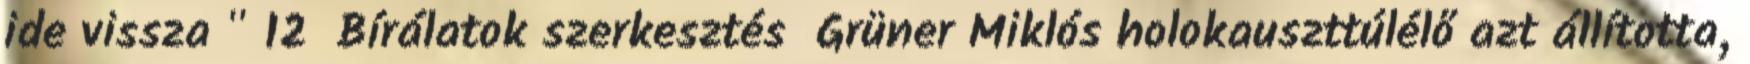
ide vissza " 12 Bírálatok szerkesztés Grüner Miklós holokauszttúlélő azt állította,